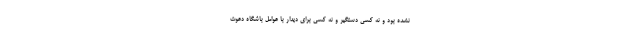
نشده بود و نه کسی دستگیر و نه کسی برای دیدار با عوامل باشگاه دعوت